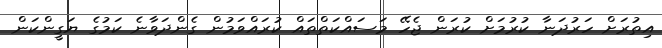
އިތުރަށް ހަރުދަނާ ކުރުމަށް ކުރަން ޖެހޭ މަސައްކަތްތައް ކުރައްވަމުން ގެންދަވާނެ ކަމުގެ ޔަގީންކަން